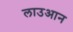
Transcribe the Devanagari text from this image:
लाउआन